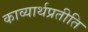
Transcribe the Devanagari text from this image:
काव्यार्थप्रतीति